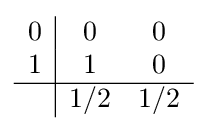
{\begin{array}{c|cc}0&0&0\\1&1&0\\\hline &1/2&1/2\\\end{array}}